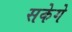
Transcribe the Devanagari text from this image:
सकेगे